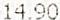
14.90